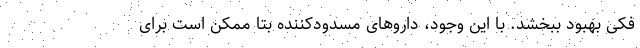
فکی بهبود ببخشد. با این وجود، داروهای مسدودکننده بتا ممکن است برای